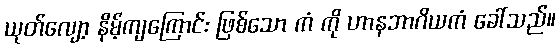
ယုတ်လျော့ နိမ့်ကျကြောင်း ဖြစ်သော ကံ ကို ဟာနဘာဂိယကံ ခေါ်သည်။